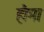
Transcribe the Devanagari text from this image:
हौमा